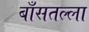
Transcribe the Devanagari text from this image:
बाँसतल्‍ला